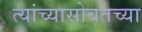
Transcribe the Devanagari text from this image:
त्यांच्यासोबतच्या